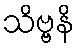
သိဗ္ဗနိ